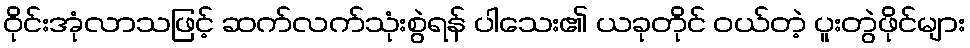
ဝိုင်းအုံလာသဖြင့် ဆက်လက်သုံးစွဲရန် ပါသေး၏ ယခုတိုင် ဝယ်တဲ့ ပူးတွဲဖိုင်များ